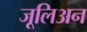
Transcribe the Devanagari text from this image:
जूलिअन